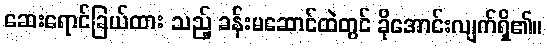
ဆေးရောင်ခြယ်ထား သည့် ခန်းမဆောင်ထဲတွင် ခိုအောင်းလျက်ရှိ၏။